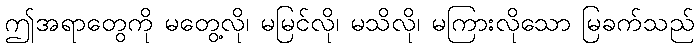
ဤအရာတွေကို မတွေ့လို၊ မမြင်လို၊ မသိလို၊ မကြားလိုသော မြခက်သည်